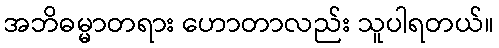
အဘိဓမ္မာတရား ဟောတာလည်း သူပါရတယ်။